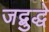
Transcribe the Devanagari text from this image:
जद्बुद्धे